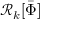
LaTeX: { \mathcal { R } } _ { k } [ { \bar { \Phi } } ]